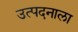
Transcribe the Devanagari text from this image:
उत्पदनाला